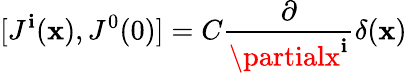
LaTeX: [J^{\mathbf{i}}({\mathbf{x}}),J^{0}(0)]=C\frac{{\partial}}{{\partialx^{\mathbf{i}}}}\delta({\mathbf{x}})